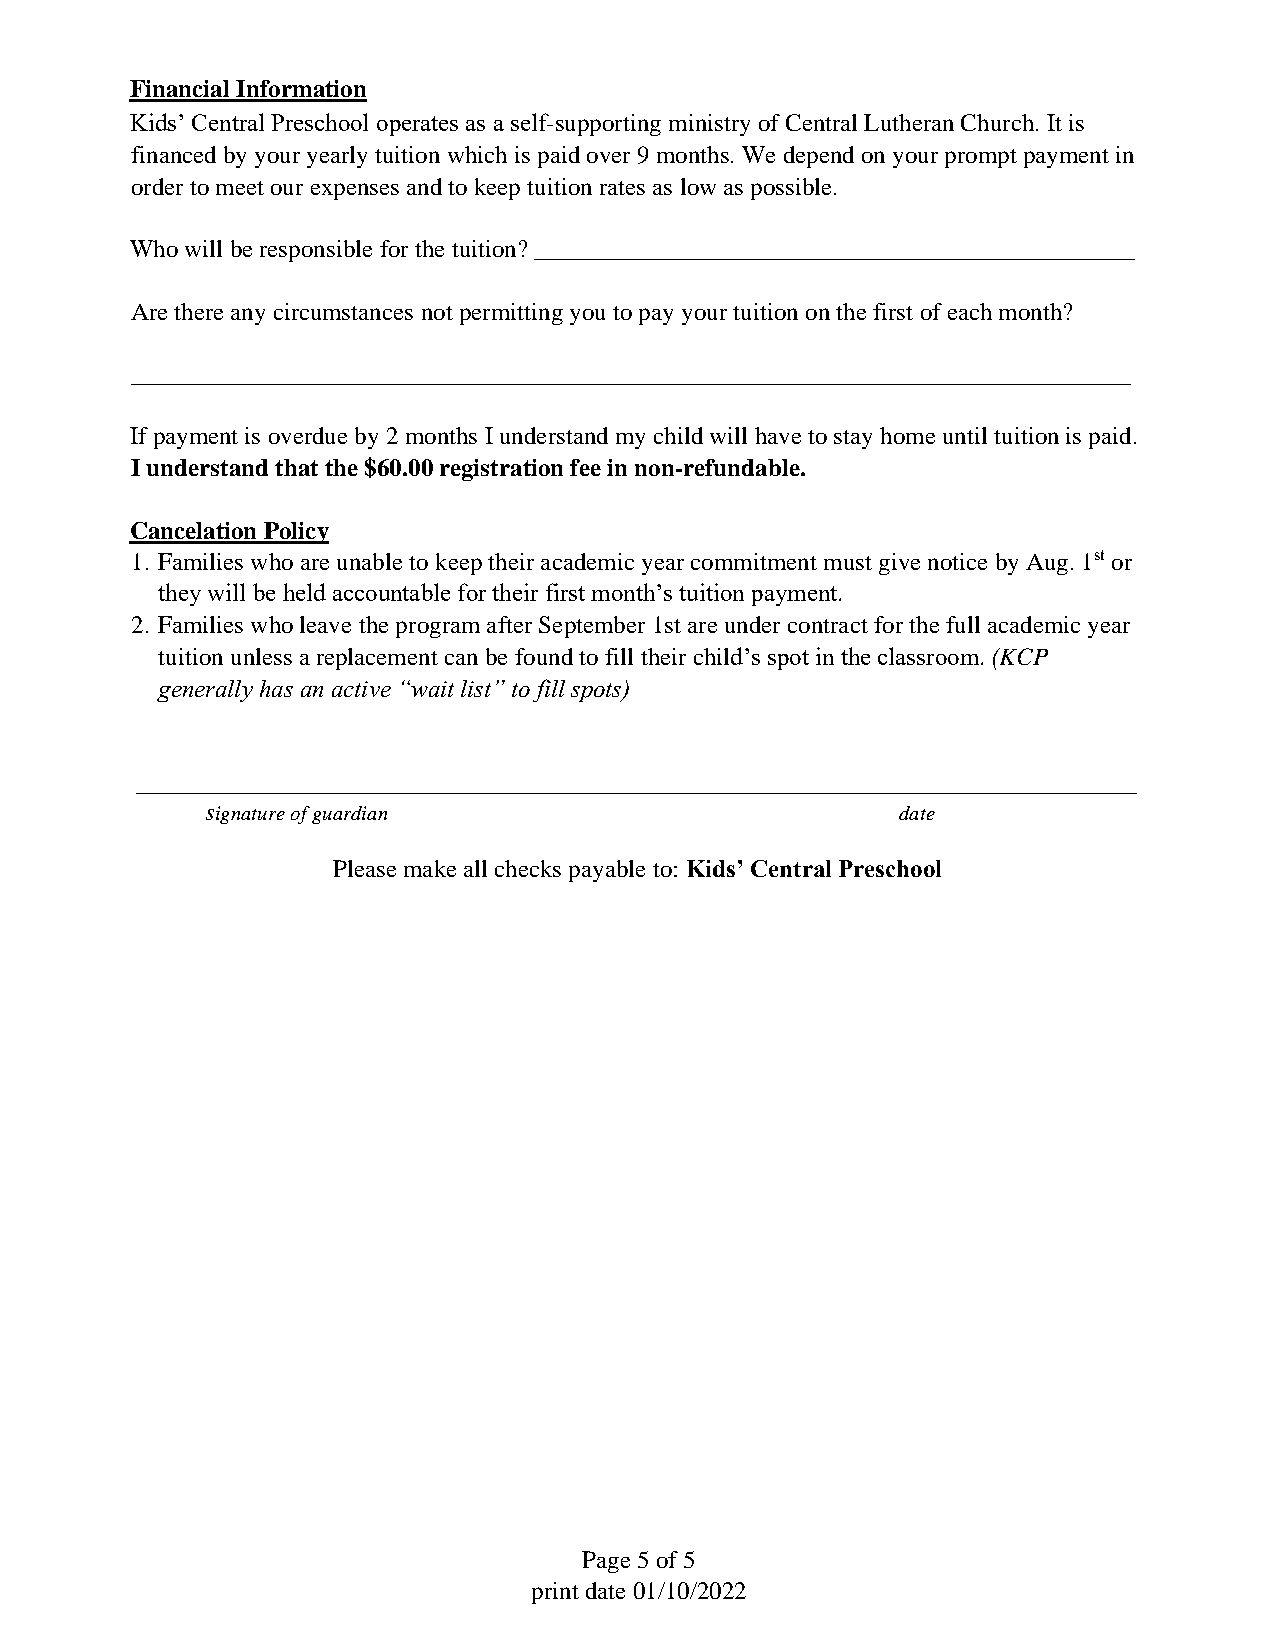
Financial Information
 Kids’ Central Preschool operates as a self-supporting ministry of Central Lutheran Church. It is
 financed by your yearly tuition which is paid over 9 months. We depend on your prompt payment in
 order to meet our expenses and to keep tuition rates as low as possible.
 Who will be responsible for the tuition? ________________________________________________
 Are there any circumstances not permitting you to pay your tuition on the first of each month?
 ________________________________________________________________________________
 If payment is overdue by 2 months I understand my child will have to stay home until tuition is paid.
 I understand that the $60.00 registration fee in non-refundable.
 Cancelation Policy
 1. Families who are unable to keep their academic year commitment must give notice by Aug. 1st or
 they will be held accountable for their first month’s tuition payment.
 2. Families who leave the program after September 1st are under contract for the full academic year
 tuition unless a replacement can be found to fill their child’s spot in the classroom. (KCP
 generally has an active “wait list” to fill spots)
 ________________________________________________________________________________
 signature of guardian                         date
 Please make all checks payable to: Kids’ Central Preschool
 Page 5 of 5
 print date 01/10/2022